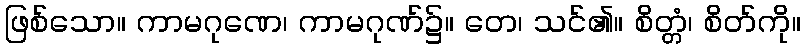
ဖြစ်သော။ ကာမဂုဏေ၊ ကာမဂုဏ်၌။ တေ၊ သင်၏။ စိတ္တံ၊ စိတ်ကို။